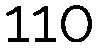
110